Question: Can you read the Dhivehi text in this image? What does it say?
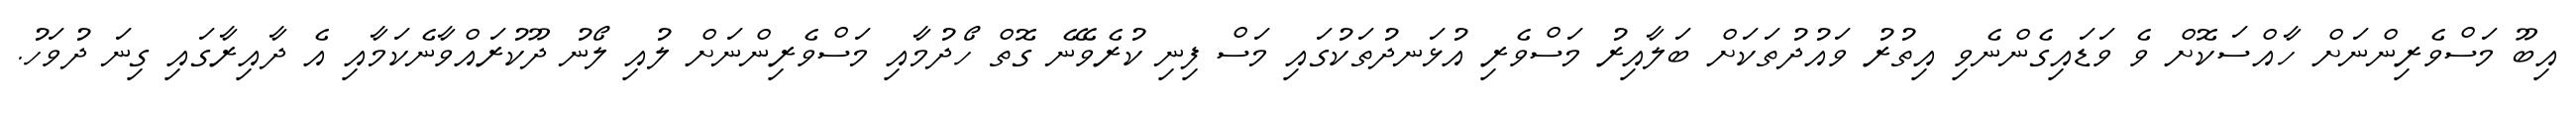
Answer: އިބޫ މަސްވެރިންނަށް ހާއްސަކޮށް ވެ ވަޑައިގެންނެވި އިތުރު ވައުދުތަކަށް ބަލާއިރު މަސްވެރި އުޅަނދުތަކުގައި މަސް ފިނި ކުރެވޭނެ ގޮތް ހޯދުމާއި މަސްވެރިންނަށް ލުއި ލޯނު ދޫކުރައްވާނެކަމާއި އެ ދާއިރާގައި ގިނަ ދުވަހު.